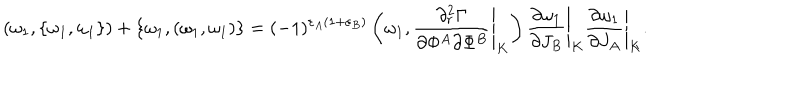
LaTeX: ( \omega _ { 1 } , \{ \omega _ { 1 } , \omega _ { 1 } \} ) + \{ \omega _ { 1 } , ( \omega _ { 1 } , \omega _ { 1 } ) \} = ( - 1 ) ^ { \varepsilon _ { A } ( 1 + \varepsilon _ { B } ) } \left( \omega _ { 1 } , \left. { \frac { \partial _ { r } ^ { 2 } \Gamma } { \partial \Phi ^ { A } \partial \Phi ^ { B } } } \right| _ { K } \right) \left. { \frac { \partial \omega _ { 1 } } { \partial J _ { B } } } \right| _ { K } \left. { \frac { \partial \omega _ { 1 } } { \partial J _ { A } } } \right| _ { K } .